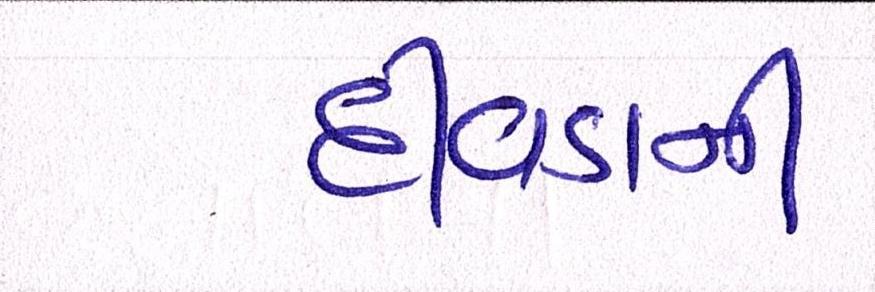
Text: દીવડાની